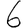
Digit: 6